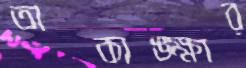
অকাঙ্ক্ষার